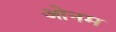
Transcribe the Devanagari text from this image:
ओनम